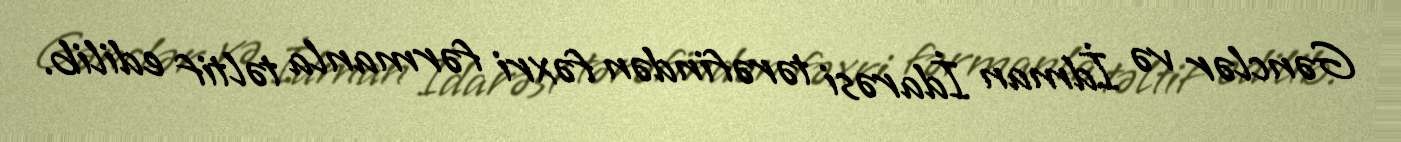
Gənclər və İdman İdarəsi tərəfindən fəxri fərmanla təltif edilib.